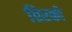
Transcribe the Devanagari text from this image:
तिरको